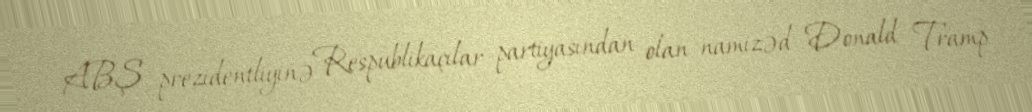
ABŞ prezidentliyinə Respublikaçılar partiyasından olan namizəd Donald Tramp